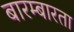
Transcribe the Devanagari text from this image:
बारम्‍बारता